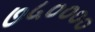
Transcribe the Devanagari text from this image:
७५००००